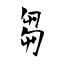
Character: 芻